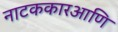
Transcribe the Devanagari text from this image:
नाटककारआणि